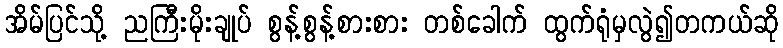
အိမ်ပြင်သို့ ညကြီးမိုးချုပ် စွန့်စွန့်စားစား တစ်ခေါက် ထွက်ရုံမှလွဲ၍တကယ်ဆို